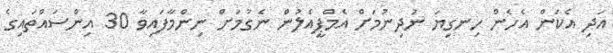
އަދި އެކަން އެހެން ހިނގިޔަ ނުދިނުމަށް އެމްޕީއެލުން ނެގުމަށް ނިންމާފައިވާ 30 އިންސައްތައިގެ